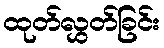
ထုတ်လွှတ်ခြင်း